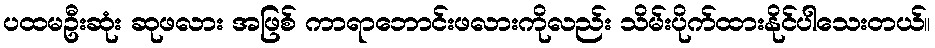
ပထမဦးဆုံး ဆုဖလား အဖြစ် ကာရာဘောင်းဖလားကိုလည်း သိမ်းပိုက်ထားနိုင်ပါသေးတယ်။